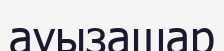
ауызашар